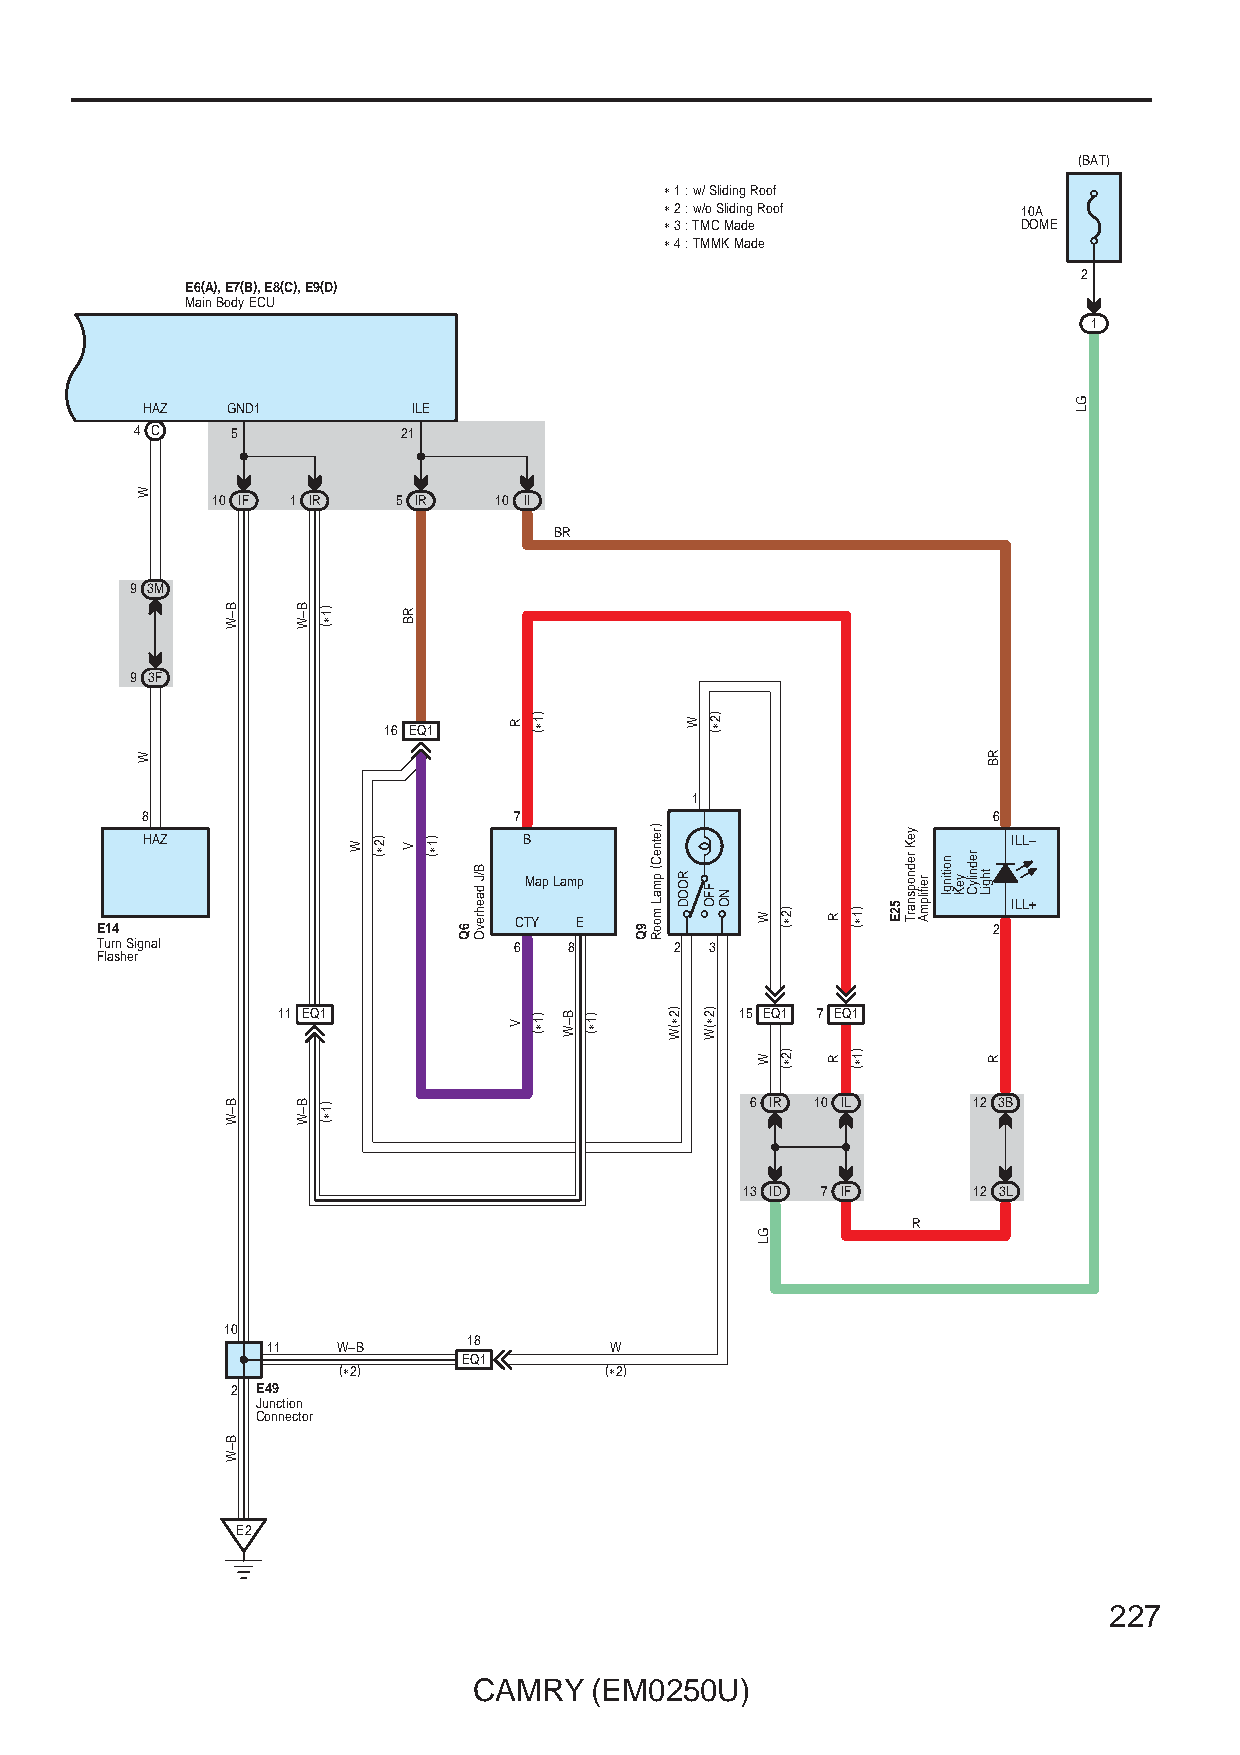
(BAT)
 ∗ 1 : w/ Sliding Roof
 ∗ 2 : w/o Sliding Roof  10A
 ∗ 3 : TMC Made          DOME
 ∗ 4 : TMMK Made
 2
 E6(A), E7(B), E8(C), E9(D)
 Main Body ECU
 1
 HAZ   GND1        ILE
 4 C   5           21
 10 IF 1 IR  5 IR   10 II
 BR
 9 3M
 9 3F
 16 EQ1
 1
 8                        7                               6
 HAZ                       B                               ILL–
 Map Lamp
 ILL+ E14 CTY E 2
 Turn Signal                 6   8      2 3
 Flasher
 11 EQ1                         15 EQ1 7 EQ1
 6 IR 10 IL    12 3B
 13 ID 7 IF     12 3L
 R
 10
 18
 11  W–B               W
 EQ1
 (∗2)              (∗2)
 2 E49
 Junction
 Connector
 E2
 227
 CAMRY   (EM0250U)
 W
 W
 B–W
 B–W
 B–W
 B–W
 B–W
 )1∗(
 )1∗(
 W )2∗(
 RB
 V )1∗(
 6Q
 B/J
 daehrevO
 R
 V
 )1∗(
 )1∗( B–W )1∗(
 9Q
 )retneC(
 pmaL
 mooR
 )2∗(W
 ROOD
 W )2∗(
 FFO
 )2∗(W
 NO
 W
 W
 GL
 )2∗(
 )2∗(
 R
 R
 )1∗(
 )1∗(
 52E
 yeK
 rednopsnarT
 reifilpmA
 noitingI
 yeK
 rednilyC
 thgiL
 RB
 R
 GL